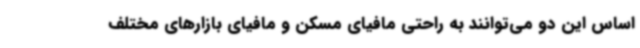
اساس این دو می‌توانند به راحتی مافیای مسکن و مافیای بازارهای مختلف